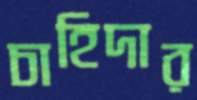
চাহিদার